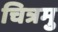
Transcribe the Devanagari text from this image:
चित्रमु